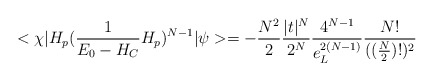
\begin{align*}<\chi|H_{p}(\frac{1}{E_{0}-H_{C}}H_{p})^{N-1}|\psi>=-\frac{N^{2}}{2}\frac{|t|^{N}}{2^{N}}\frac{4^{N-1}}{e_{L}^{2(N-1)}}\frac{N!}{((\frac{N}{2})!)^{2}} \end{align*}